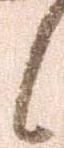
候